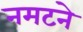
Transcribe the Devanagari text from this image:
नमटने